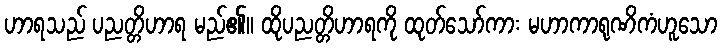
ဟာရသည် ပညတ္တိဟာရ မည်၏။ ထိုပညတ္တိဟာရကို ထုတ်သော်ကား မဟာကာရုဏိကံဟူသော